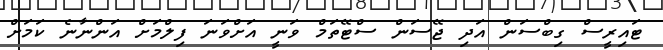
ޓައިރީސް ގިބްސަން އަދި ޖޭސަން ސްޓޭތަމް ވަނީ އަށްވަނަ ފިލްމަށް އަންނާނެ ކަމަށް